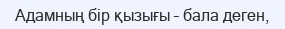
Адамның бір қызығы – бала деген,